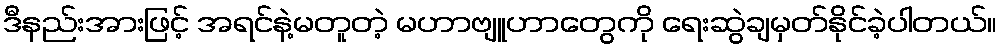
ဒီနည်းအားဖြင့် အရင်နဲ့မတူတဲ့ မဟာဗျူဟာတွေကို ရေးဆွဲချမှတ်နိုင်ခဲ့ပါတယ်။